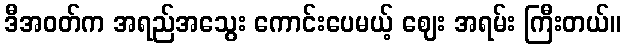
ဒီအဝတ်က အရည်အသွေး ကောင်းပေမယ့် ဈေး အရမ်း ကြီးတယ်။